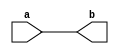
module assign_statement(
    input a,
    output reg b
);

assign b = a;

endmodule